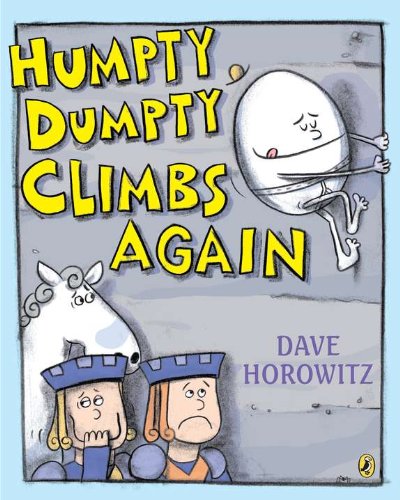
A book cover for Humpty Dumpty Climbs Again; Dave Horowitz; Sports & Outdoors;